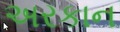
અરકાન